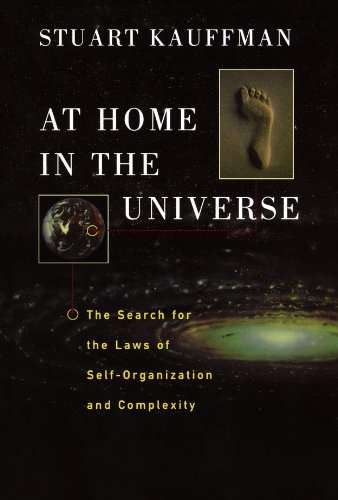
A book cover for At Home in the Universe: The Search for the Laws of Self-Organization and Complexity; Stuart Kauffman; Science & Math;